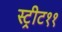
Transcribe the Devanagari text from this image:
स्ट्रीट११